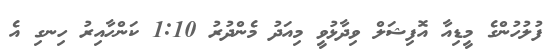
ފުލުހުންގެ މީޑިއާ އޮފިޝަލް ވިދާޅުވީ މިއަދު މެންދުރު 1:10 ކަންހާއިރު ހިނގި އެ